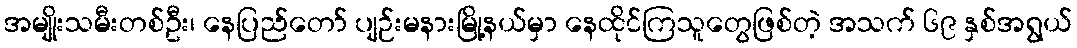
အမျိုးသမီးတစ်ဦး၊ နေပြည်တော် ပျဉ်းမနားမြို့နယ်မှာ နေထိုင်ကြသူတွေဖြစ်တဲ့ အသက် ၆၉ နှစ်အရွယ်